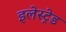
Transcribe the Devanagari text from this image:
इलेस्ट्रेड